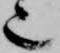
也